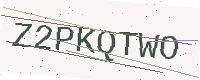
Text: Z2PKQTWO